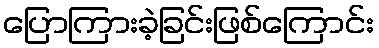
ပြောကြားခဲ့ခြင်းဖြစ်ကြောင်း